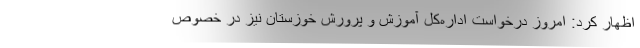
اظهار کرد: امروز درخواست اداره‌کل آموزش و پرورش خوزستان نیز در خصوص